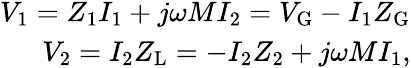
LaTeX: \begin{array}{r}{V_{1}=Z_{1}I_{1}+j\omega MI_{2}=V_{\mathrm{G}}-I_{1}Z_{\mathrm{G}}}\\ {V_{2}=I_{2}Z_{\mathrm{L}}=-I_{2}Z_{2}+j\omega MI_{1},}\end{array}